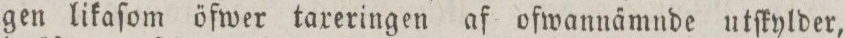
gen likaſom öfwer taxeringen af ofwannämnde utſkylder,